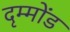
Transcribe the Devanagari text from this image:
दृम्मोंड